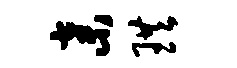
弃珙